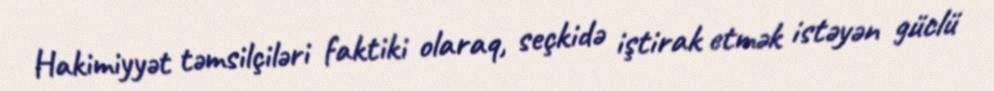
Hakimiyyət təmsilçiləri faktiki olaraq, seçkidə iştirak etmək istəyən güclü